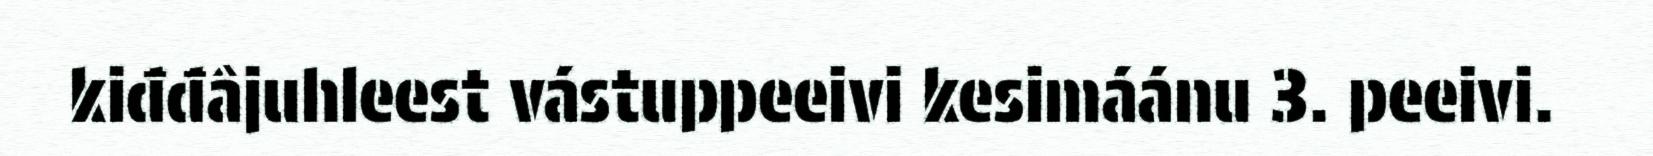
kiđđâjuhleest vástuppeeivi kesimáánu 3. peeivi.